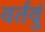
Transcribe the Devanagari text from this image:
वर्तवुं